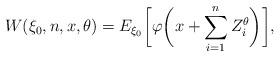
LaTeX: \begin{align*}W(\xi_0,n,x,\theta)=E_{\xi_0}\biggl[\varphi\biggl(x+\sum_{i=1}^{n} Z_i^\theta\biggr)\biggr],\end{align*}